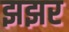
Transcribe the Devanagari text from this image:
झझर